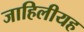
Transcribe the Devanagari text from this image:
जाहिलीयह